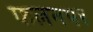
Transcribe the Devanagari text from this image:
फलनपर